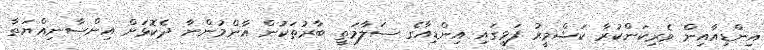
އިންޑިއާއިން ވެރިކަންކުރާ ކަޝްމީރު ފަޅީގައި އިންޑިއާގެ ސަލާމަތީ ބާރުތަކުން އާންމުންނާ ދެކޮޅަށް އިންސާނިއްޔަތާ